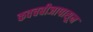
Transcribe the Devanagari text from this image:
कवचबीजापासून